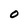
Character: O